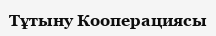
Тұтыну Кооперациясы